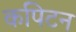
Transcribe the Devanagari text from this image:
कपिटन